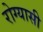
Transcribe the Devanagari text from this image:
रोग्यासी